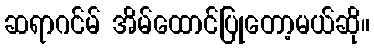
ဆရာဂင်မ် အိမ်ထောင်ပြုတော့မယ်ဆို။